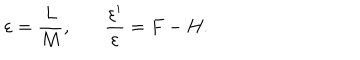
\varepsilon = \frac { L } { M } , ~ \frac { \varepsilon ^ { \prime } } { \varepsilon } = F - H .